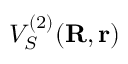
V _ { S } ^ { ( 2 ) } ( { \bf R , r } )